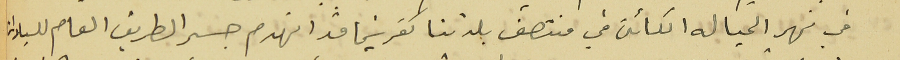
فى نهر الحياله الكائن في منتصف بلدتنا كفرشيما قد اتهدم جسر الطريق العام للسيارات